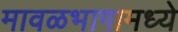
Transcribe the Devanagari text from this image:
मावळभागामध्ये